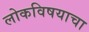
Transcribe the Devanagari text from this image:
लोकविषयाचा